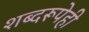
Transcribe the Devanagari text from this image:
शब्दरूपेही